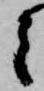
之